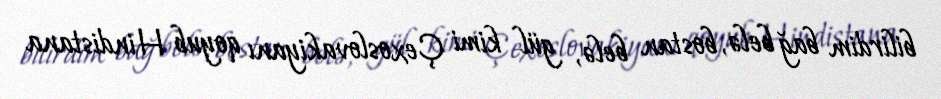
bilirdim bağ belə, bostan belə, gül kimi Çexoslovakiyanı qoyub Hindistana